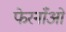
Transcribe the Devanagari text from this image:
फेरनाँओं